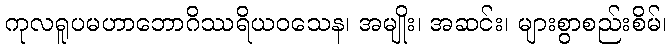
ကုလရူပမဟာဘောဂိဿရိယဝသေန၊ အမျိုး၊ အဆင်း၊ များစွာစည်းစိမ်၊